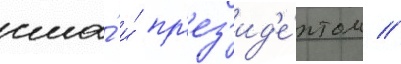
сша́ и́ пр'ез'ид'е́нтом //